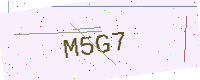
Text: M5G7